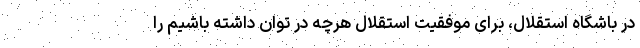
در باشگاه استقلال، برای موفقیت استقلال هرچه در توان داشته باشیم را